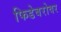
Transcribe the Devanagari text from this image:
फिडेबरोवर